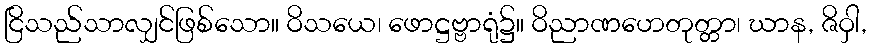
ငြိသည်သာလျှင်ဖြစ်သော။ ဝိသယေ၊ ဖောဋ္ဌဗ္ဗာရုံ၌။ ဝိညာဏဟေတုတ္တာ၊ ဃာန, ဇိဝှါ,